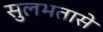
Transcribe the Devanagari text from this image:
सुलभतासे